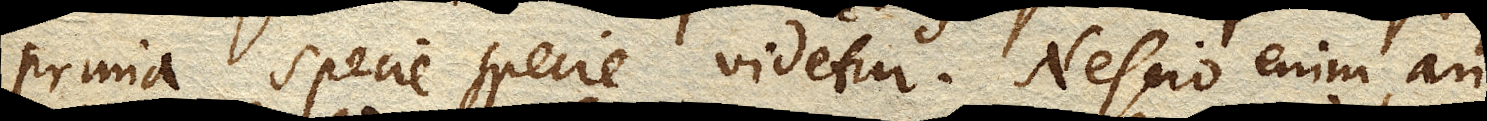
prima specie videtur. Nescio enim an